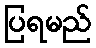
ပြရမည်